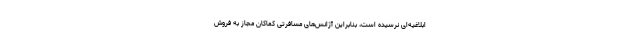
ابلاغیه‌ای نرسیده است، بنابراین آژانس‌های مسافرتی کماکان مجاز به فروش